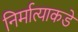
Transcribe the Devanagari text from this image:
निर्मात्याकडे